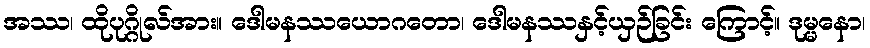
အဿ၊ ထိုပုဂ္ဂိုလ်အား။ ဒေါမနဿယောဂတော၊ ဒေါမနဿနှင့်ယှဉ်ခြင်း ကြောင့်။ ဒုမ္မနော၊